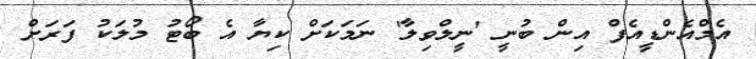
އެމްއެންޑީއެފް އިން ބުނީ 'ނީލްވިލާ' ނަމަކަށް ކިޔާ އެ ބޯޓު މުލަކު ފަރަށް